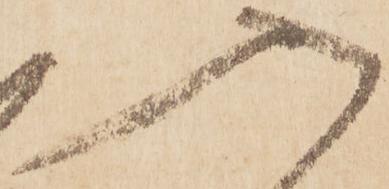
入